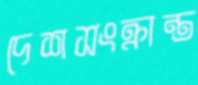
দেশসংক্রান্ত